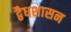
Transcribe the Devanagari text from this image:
द्वैधशासन